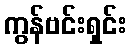
ကွန်ဗင်းရှင်း